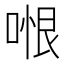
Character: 𭉆